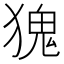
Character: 𪻆